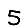
Digit: 5